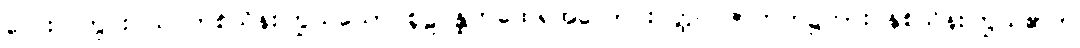
လေးလတွင်းဝယ် တစ်သိန်းကြွယ်သော စူဠပန္ထကထေရ်အလောင်းဝတ္ထု။ ဇာတက၌ကား နှစ်သိန်းကြွယ်၏ဟု